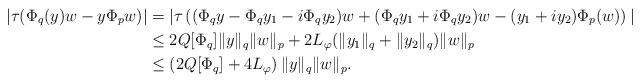
LaTeX: \begin{align*}|\tau(\Phi_q(y)w-y\Phi_pw)|&= |\tau\left((\Phi_qy- \Phi_qy_1-i\Phi_qy_2 )w+(\Phi_qy_1+i\Phi_qy_2)w-(y_1+iy_2)\Phi_p(w)\right)|\\&\leq 2Q[\Phi_q]\|y\|_q\|w\|_p+ 2 L_{\varphi}(\|y_1\|_q+\|y_2\|_q)\|w\|_p\\&\leq \left(2Q[\Phi_q]+ 4 L_{\varphi}\right)\|y\|_q\|w\|_p.\end{align*}